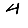
Digit: 4